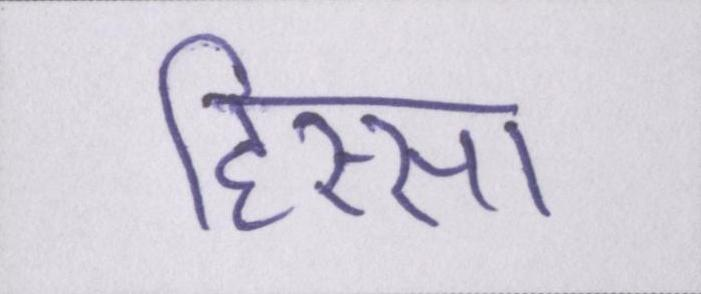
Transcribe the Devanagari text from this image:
हिस्सा